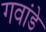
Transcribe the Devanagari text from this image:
गवांडे